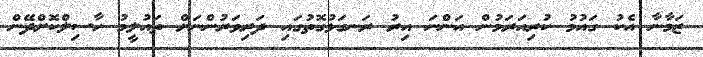
ޒަމާނާ އެކު ގައުމު ކުރިއަރަމުން އަންނަ އިރު ރަނގަޅުގޮތުގައި ދަރިވަަރުންނަށް ތައުލީމު ހާސިލްކޮށްދޭން